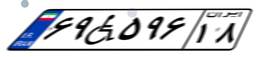
۶۹W۵۹۶۱۸